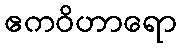
ဧကဝိဟာရော